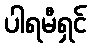
ပါရမီရှင်